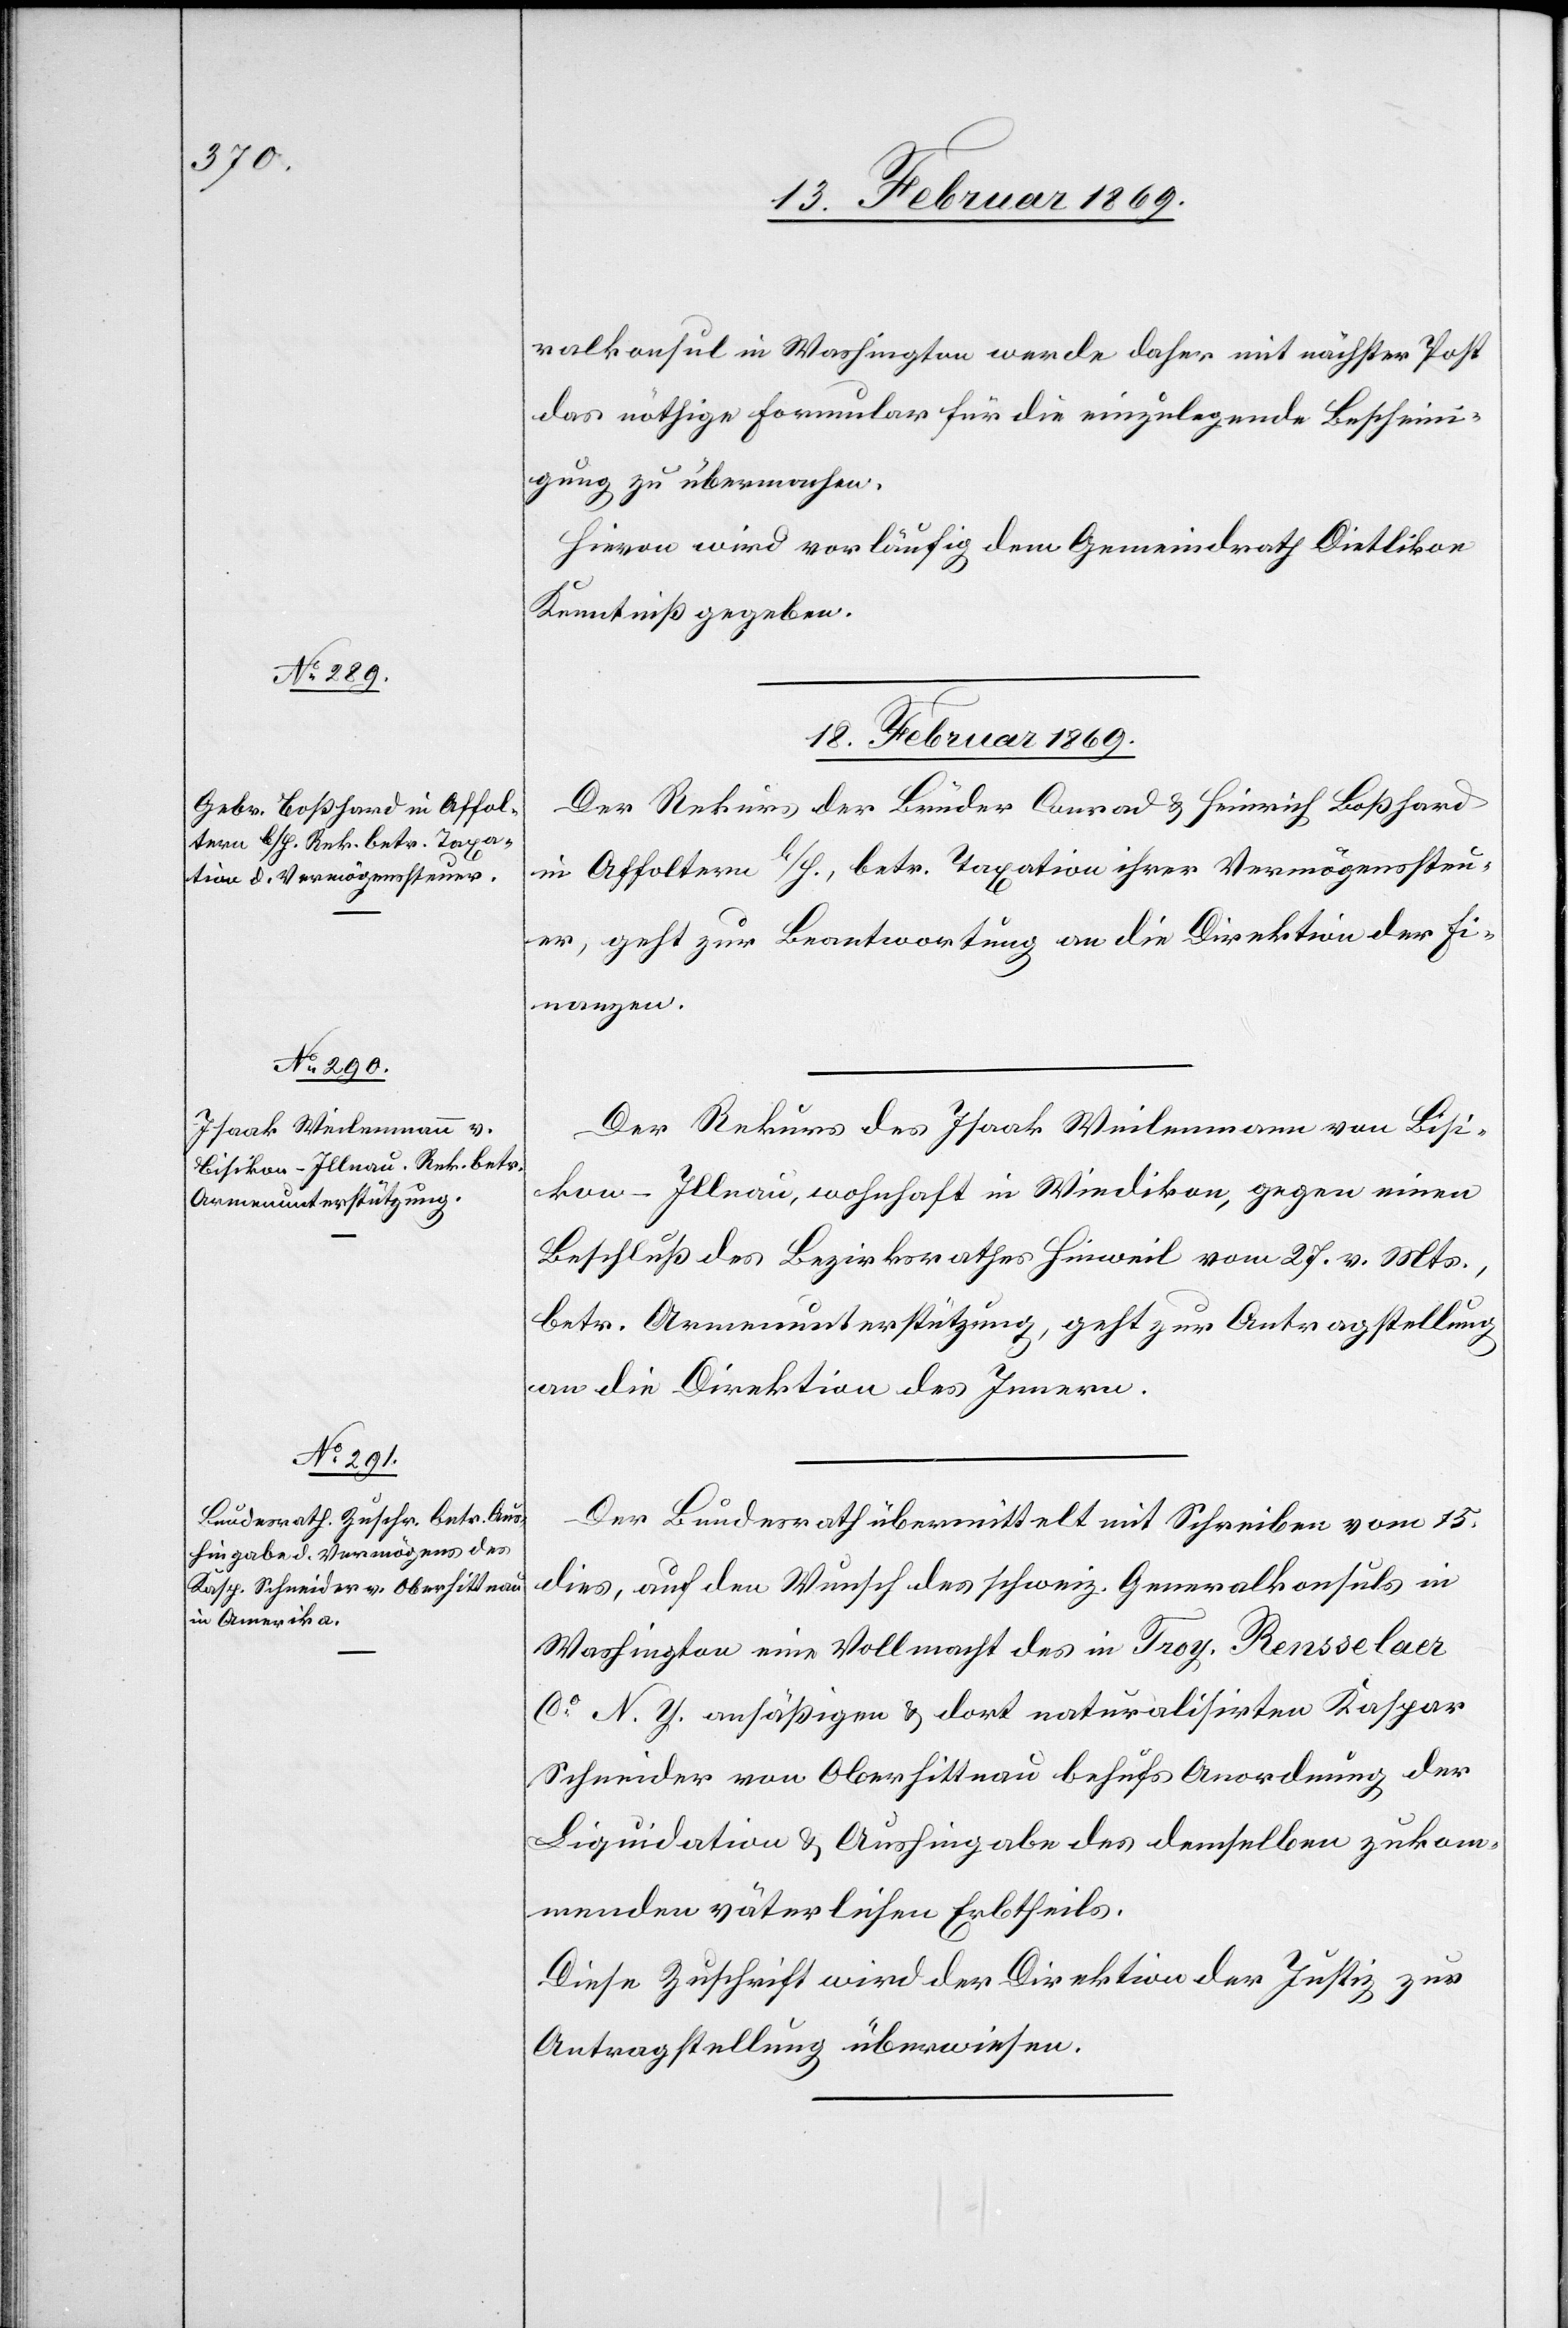
ralkonsul in Washington werde daher mit nächster Post
das nöthige Formular für die einzulegende Bescheini¬
gung zu übermachen
Hievon wird vorläufig dem Gemeindrath Dietlikon
Kenntniß gegeben.
18. Februar 1869.]
Der Rekurs der Brüder Conrad & Heinrich Boßhard
in Affoltern b/H., betr. Taxation ihrer Vermögenssteu¬
er, geht zur Beantwortung an die Direktion der Fi¬
nanzen.
Der Rekurs des Isaak Weilmann von Bisi¬
kon-Illnau, wohnhaft in Wiedikon, gegen einen
Beschluß des Bezirksrathes Hinweil vom 27. v. Mts.,
betr. Armenunterstützung, geht zur Antragstellung
an die Direktion des Innern.
Der Bundesrath übermittelt mit Schreiben vom 15.
dies, auf den Wunsch des schweiz. Generalkonsuls in
Washington eine Vollmacht des in Troy. Rensselaer
Co N. Y. ansäßigen & dort naturalisirten Kaspar
Schneider von Oberhittnau behufs Anordnung der
Liquidation & Aushingabe des demselben zukom¬
menden väterlichen Erbtheils.
Diese Zuschrift wird der Direktion der Justiz zur
Antragstellung überwiesen.